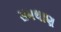
સમથાણ